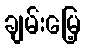
ချမ်းမြေ့